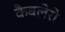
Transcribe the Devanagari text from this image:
कैबलेरो